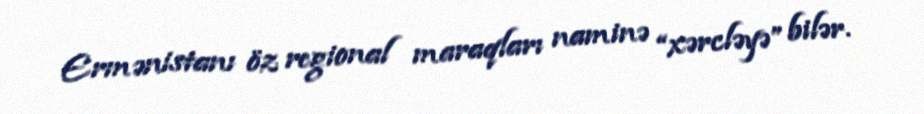
Ermənistanı öz regional maraqları naminə “xərcləyə” bilər.